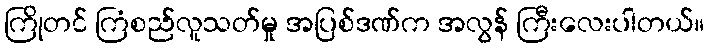
ကြိုတင် ကြံစည်လူသတ်မှု အပြစ်ဒဏ်က အလွန် ကြီးလေးပါတယ်။